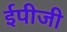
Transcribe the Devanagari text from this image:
ईपीजी